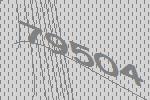
79504